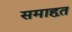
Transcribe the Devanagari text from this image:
समाहृत